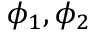
\phi _ { 1 } , \phi _ { 2 }